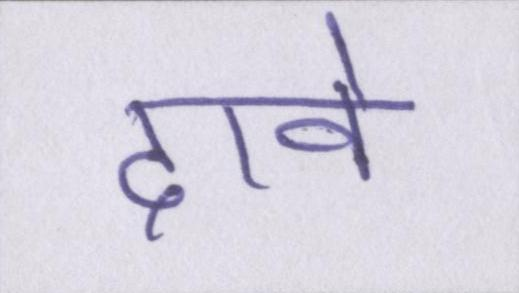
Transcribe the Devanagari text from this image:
दावे